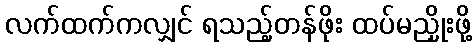
လက်ထက်ကလျှင် ရသည့်တန်ဖိုး ထပ်မညှိုးဖို့